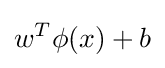
w^{T}\phi (x)+b